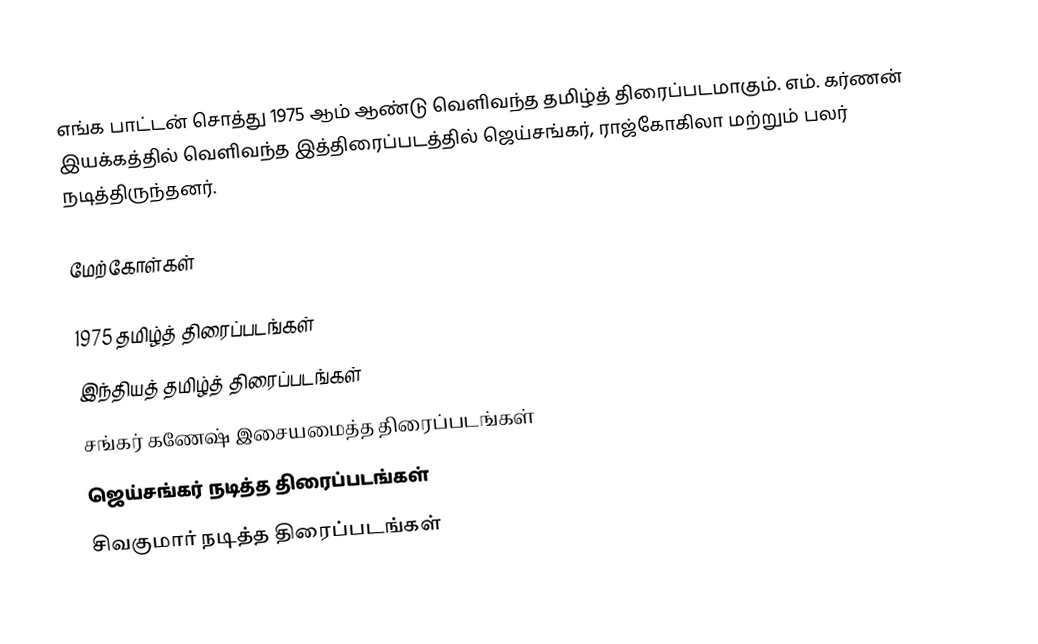
எங்க பாட்டன் சொத்து 1975 ஆம் ஆண்டு வெளிவந்த தமிழ்த் திரைப்படமாகும். எம். கர்ணன் இயக்கத்தில் வெளிவந்த இத்திரைப்படத்தில் ஜெய்சங்கர், ராஜ்கோகிலா மற்றும் பலர் நடித்திருந்தனர்.

மேற்கோள்கள்

1975 தமிழ்த் திரைப்படங்கள்
இந்தியத் தமிழ்த் திரைப்படங்கள்
சங்கர் கணேஷ் இசையமைத்த திரைப்படங்கள்
ஜெய்சங்கர் நடித்த திரைப்படங்கள்
சிவகுமார் நடித்த திரைப்படங்கள்